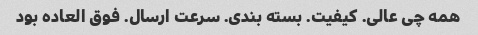
همه چی عالی. کیفیت. بسته بندی. سرعت ارسال. فوق العاده بود